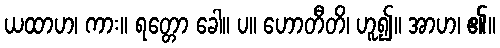
ယထာဟ၊ ကား။ ရတ္တော ခေါ။ ပ။ ဟောတီတိ၊ ဟူ၍။ အာဟ၊ ၏။